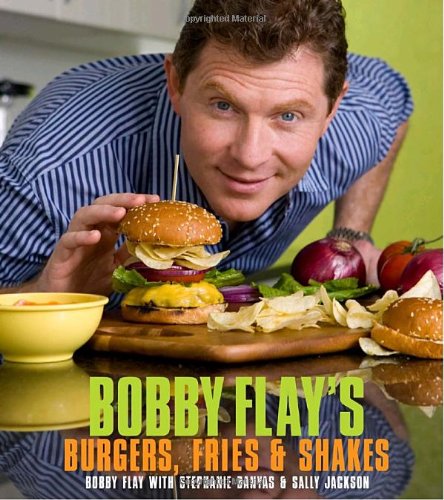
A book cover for Bobby Flay's Burgers, Fries, and Shakes; Bobby Flay; Cookbooks, Food & Wine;